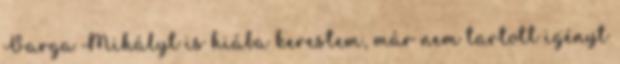
Varga Mihályt is hiába kerestem, már nem tartott igényt